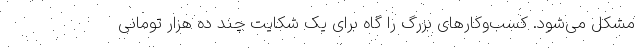
مشکل می‌شود. کسب‌وکارهای بزرگ را گاه برای یک شکایت چند ده هزار تومانی